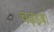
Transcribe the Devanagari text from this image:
चढ़इबो